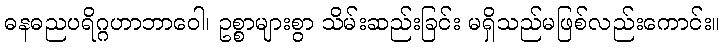
ဓနဓညပရိဂ္ဂဟာဘာဝေါ၊ ဥစ္စာများစွာ သိမ်းဆည်းခြင်း မရှိသည်မဖြစ်လည်းကောင်း။